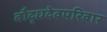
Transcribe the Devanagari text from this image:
बौद्धदेवपरिवार